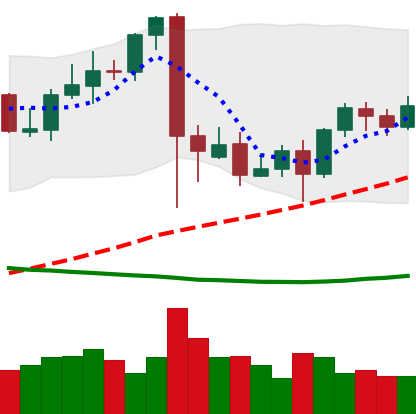
Ticker: BTC-USD
Chart end date: 2021-09-18
Forward return: -7.008%
Label: down_7plus